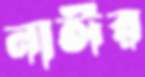
নাঈর